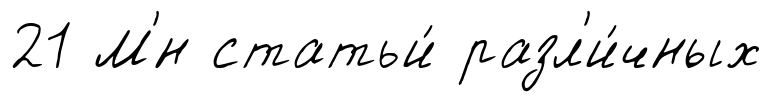
21 М'́н статьи́ разл'и́чных